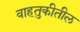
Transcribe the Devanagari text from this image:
वाहतुकीतील